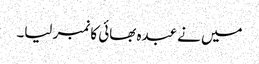
میں نے عبدہ بھائی کا نمبر لیا۔